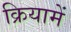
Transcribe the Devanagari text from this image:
क्रियामें